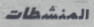
المنشطات